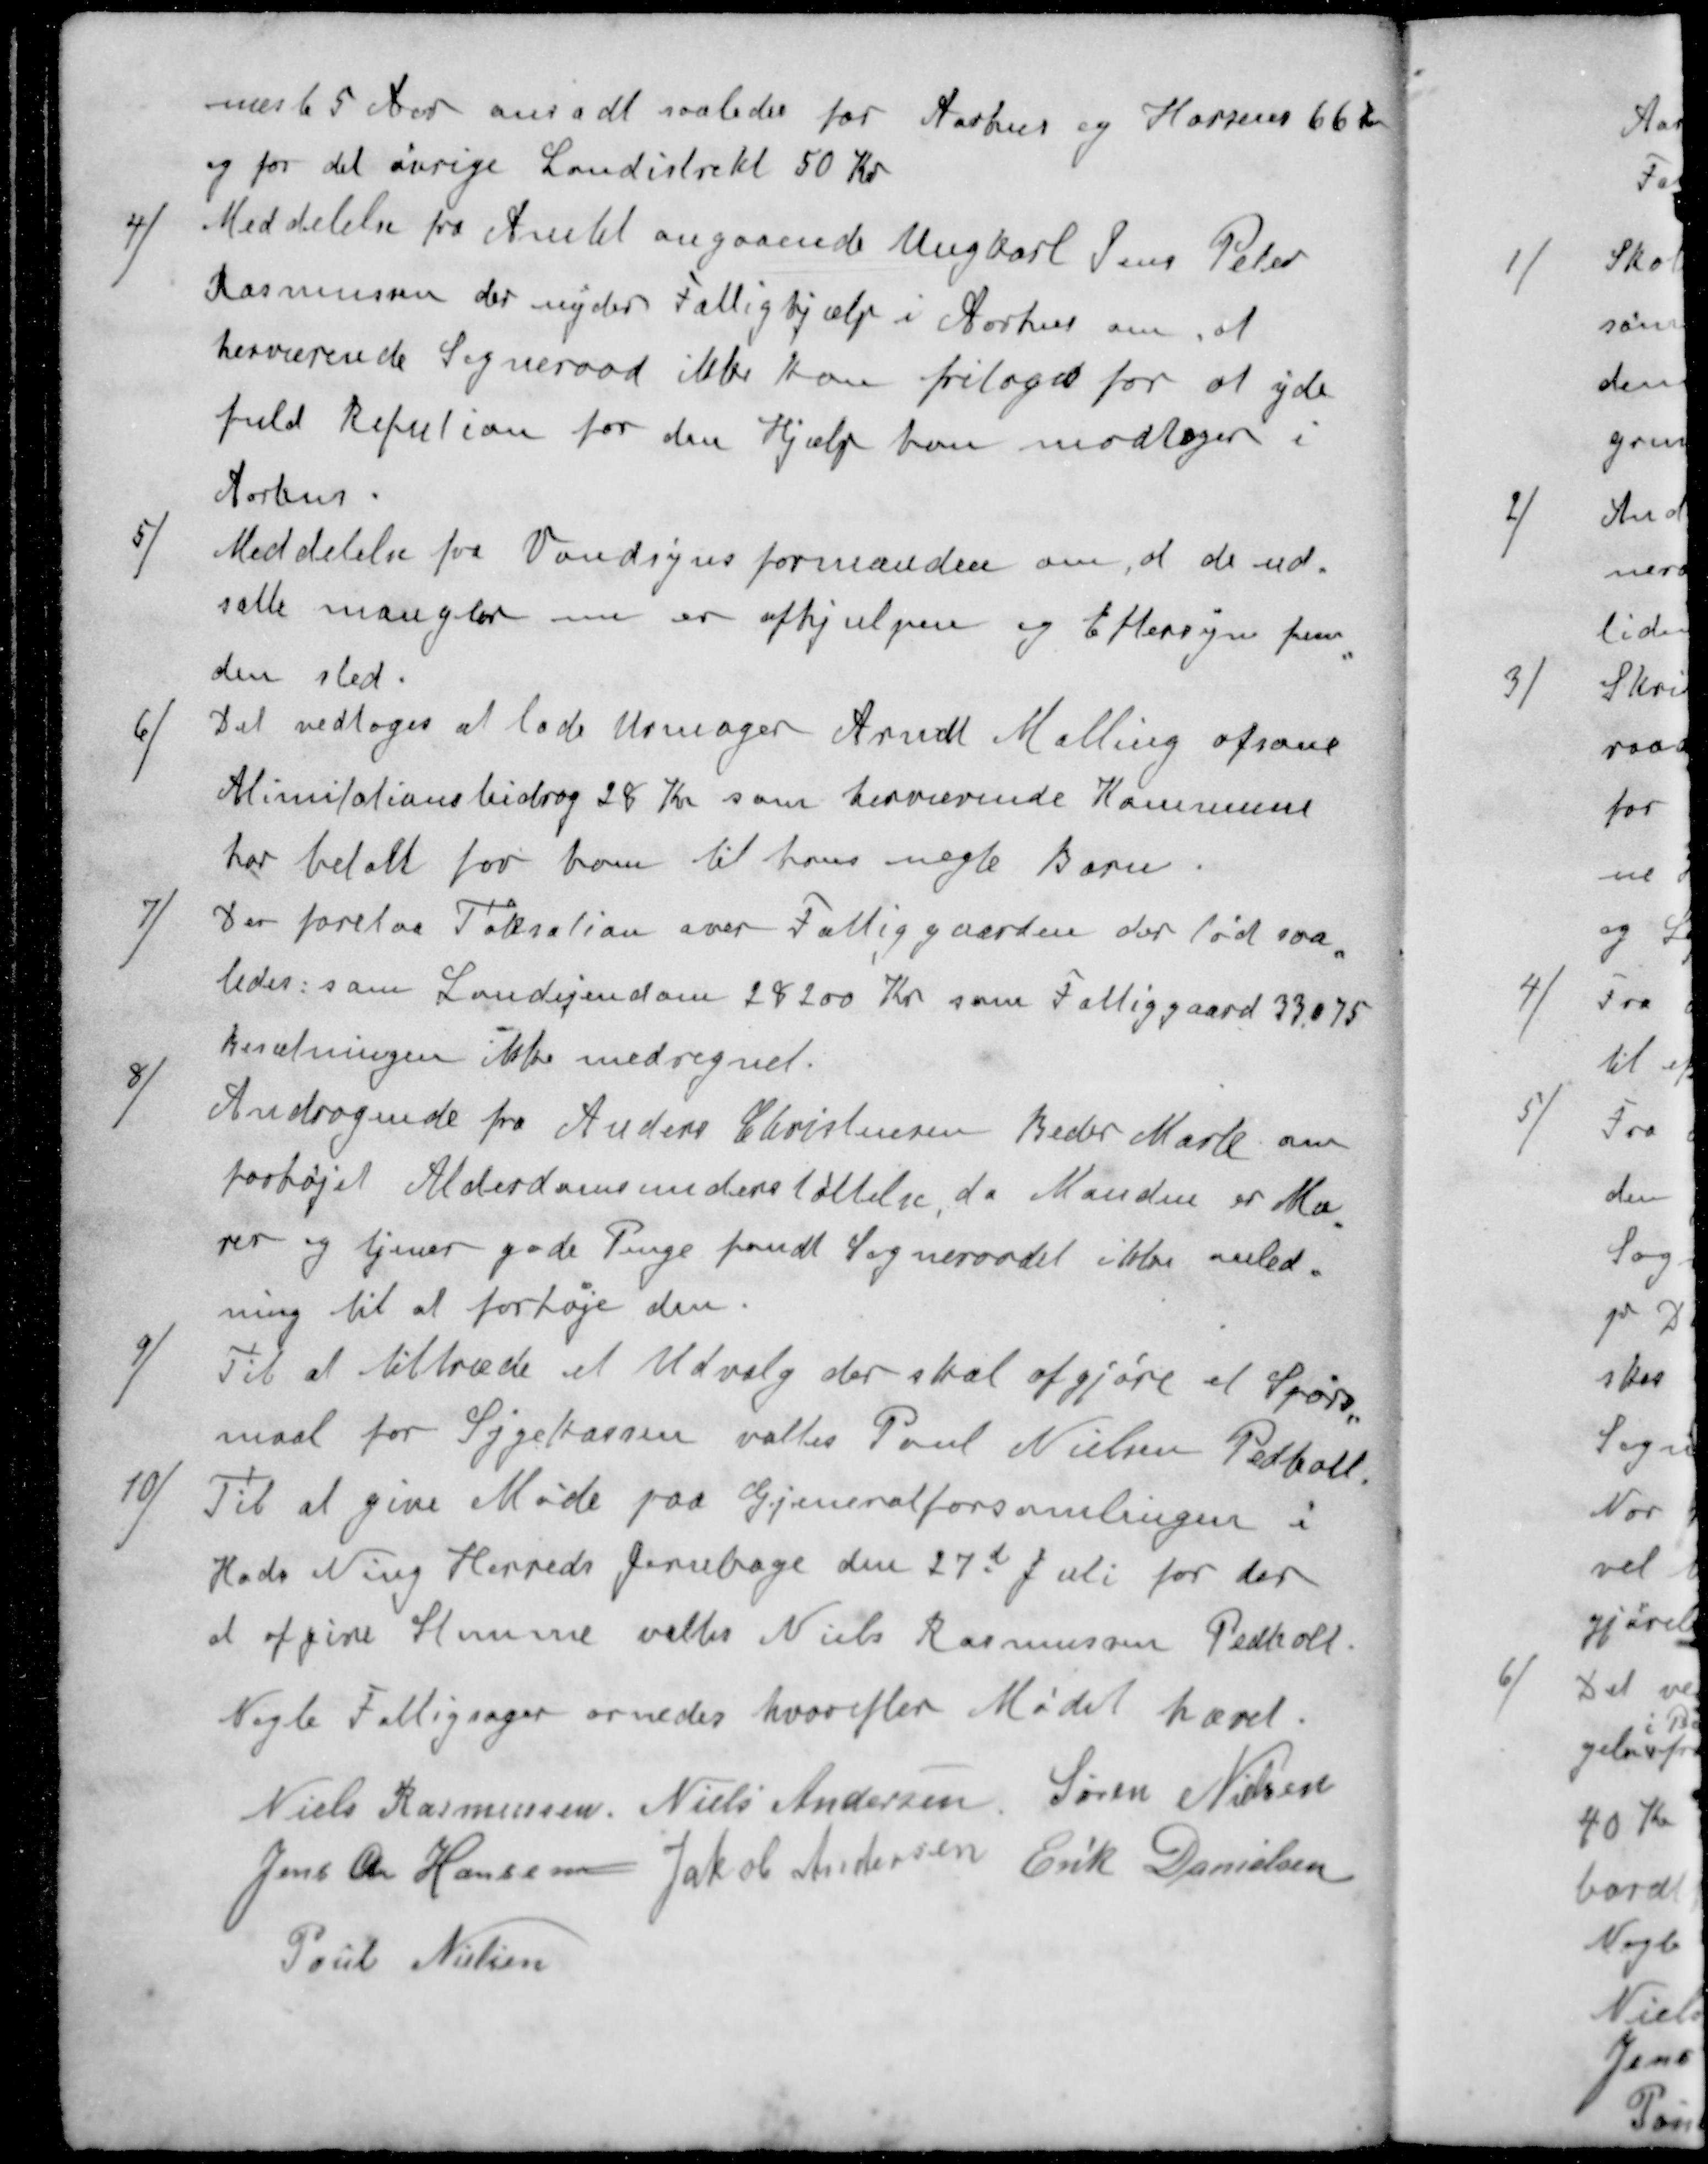
Transskription:
næste 5 der ansadt saaledes for Aarhus og Horsens 66 Kr
og for det øvrige Landistrikt 50 Kr
4 ) Meddelelse fra Amtet angaaende Ungkarl Jens Peter
Rasmussen der nyder Fattighjælp i Aarhus om, at
herværende Sogneraad ikke kan fritages for at yde
fuld Refution for den Hjælp kan modtager i
Aarhus.
5 ) Meddelelse fra Vandsynsformanden om, at de ud-
satte mangler nu er afhjulpen og Eftersyn fun-
den sted.
6 ) Det vedtoges at lade Urmager Arndt Malling afsone
Alimitationsbidrag 28 Kr som herværende Kommune
har betalt for kom til hans uægte Barn
7 ). Der forelaa Taksation over Fattiggaarden der lød saa-
ledes: som Landejendom 28200 Kr som Fattiggaard 33.075
Besætningen ikke medregnet.
8 ) Andragende fra Anders Christensen Beder Mark om
forhøjet Alderdomsunderstøttelse, da Manden er Mu-
ret og tjener gode Penge fandt Sogneraadet ikke anled-
ning til at forhøje den.
9 ) Til at tiltræde et Udvalg der skal afgjøre et Spørg-
maal for Sygekassen valtes Poul Nielsen Pedholt,
10 ) Til at give Møde paa Gjeneralforsamlingen i
Hads Ning Herreds Jernbage den 27de Juli for der
at afgive Stemme valtes Niels Rasmussen Pedholt
Nogle Fattigsager ornedes hvorefter Mødet hævet.
Niels Rasmussen
Niels Andersen
Søren Nielsen
Jens Chr Hansen
Jakob Andersen
Erik Danielsen
Poul Nielsen